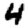
Digit: 4